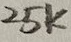
Text: 25K